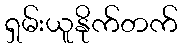
ရှမ်းယူနိုက်တက်